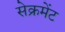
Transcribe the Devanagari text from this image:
सेक्रमेंट